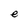
Character: e